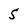
Character: 5